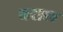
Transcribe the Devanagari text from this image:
वराल